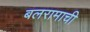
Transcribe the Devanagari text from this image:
बलरामाची